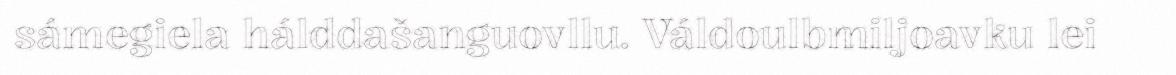
sámegiela hálddašanguovllu. Váldoulbmiljoavku lei